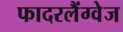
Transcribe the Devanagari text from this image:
फादरलैंग्वेज